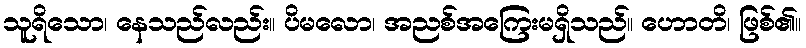
သူရိသော၊ နေသည်လည်း။ ပိမလော၊ အညစ်အကြေးမရှိသည်။ ဟောတိ၊ ဖြစ်၏။